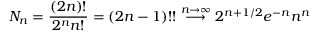
N _ { n } = { \frac { ( 2 n ) ! } { 2 ^ { n } n ! } } = ( 2 n - 1 ) ! ! \stackrel { n \to \infty } { \longrightarrow } 2 ^ { n + 1 / 2 } e ^ { - n } n ^ { n }